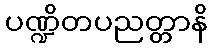
ပဏ္ဍိတပညတ္တာနိ